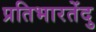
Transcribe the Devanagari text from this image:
प्रतिभारतेंदु